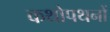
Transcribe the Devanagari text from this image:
कथोपथनों